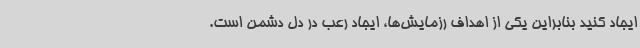
ایجاد کنید بنابراین یکی از اهداف رزمایش‌ها، ایجاد رعب در دل دشمن است.